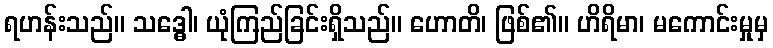
ရဟန်းသည်။ သဒ္ဓေါ၊ ယုံကြည်ခြင်းရှိသည်။ ဟောတိ၊ ဖြစ်၏။ ဟိရိမာ၊ မကောင်းမှုမှ